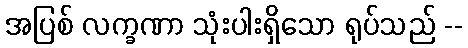
အပြစ် လက္ခဏာ သုံးပါးရှိသော ရုပ်သည် --